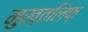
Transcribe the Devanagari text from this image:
मुख्तलिफ़